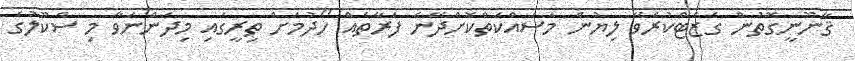
ޤާނޫނީގޮތުން ގެޒެޓްކުރެވޭ ލިޔުން މަސައްކަތްކޮށްދޭނެ ފަރާތެއް ހޯދުމަށް ތިރީގައި މިދަންނަވާ މި ސްކޫލުގެ